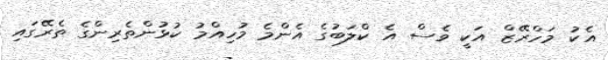
އެކު މަހްރޭޒް އަކީ ވެސް އެ ކްލަބުގެ އެންމެ މުހިއްމު ކުޅުންތެރިންގެ ތެރޭގައި